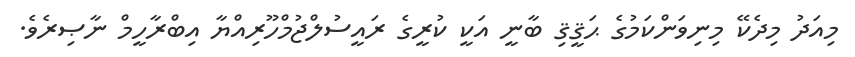
މިއަދު މިދެކޭ މިނިވަންކަމުގެ ޙަޤީޤި ބާނީ އަކީ ކުރީގެ ރައީސުލްޖުމްހޫރިއްޔާ އިބްރާހީމް ނާޞިރެވެ.